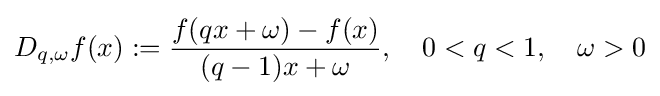
D_{q,\omega }f(x):={\frac {f(qx+\omega )-f(x)}{(q-1)x+\omega }},\quad 0<q<1,\quad \omega >0